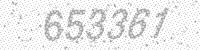
Solution: 653361